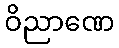
ဝိညာဏေ